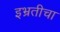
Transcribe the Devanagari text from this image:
इभ्रतीचा